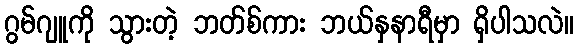
ဂွမ်ဂျူကို သွားတဲ့ ဘတ်စ်ကား ဘယ်နှနာရီမှာ ရှိပါသလဲ။